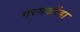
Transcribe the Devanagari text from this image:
गरमकोंडा